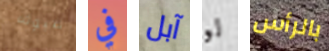
ضيوف في آبل لو بالرأس